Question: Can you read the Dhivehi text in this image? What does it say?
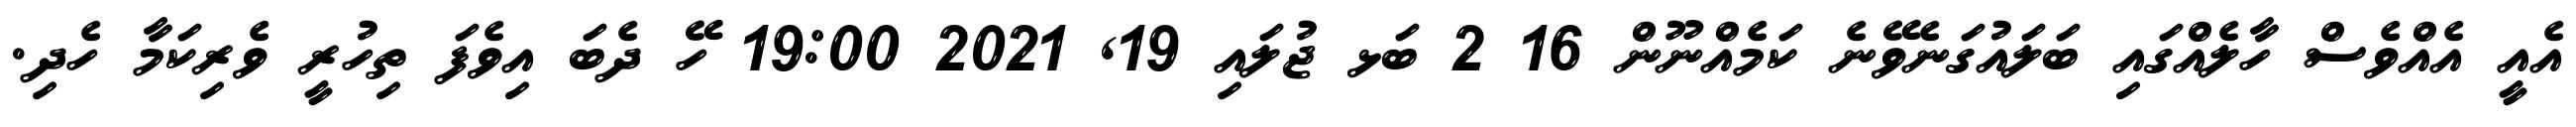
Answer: އެއީ އެއްވެސް ހާލެއްގައި ބަލައުގަނެވޭނެ ކަމެއްނޫން 16 2 ބަޅ ޖުލައި 19, 2021 19:00 ހޭ ދެބަ އިވެފަ ތިހުރީ ވެރިކަމާ ހެދި.